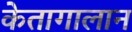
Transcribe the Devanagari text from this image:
केतागालान